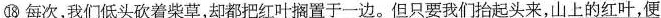
⑱\underline{每次，我们低头砍着柴草，却都把红叶搁置于一边。但只要我们抬起头来，山上的红叶，便}